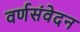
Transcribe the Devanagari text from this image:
वर्णसंवेदन